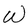
Character: W